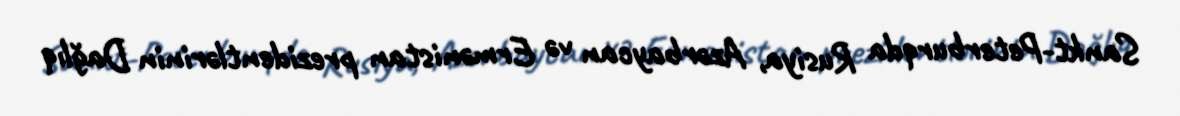
Sankt-Peterburqda Rusiya, Azərbaycan və Ermənistan prezidentlərinin Dağlıq